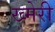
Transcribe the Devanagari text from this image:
ख्मेरी